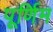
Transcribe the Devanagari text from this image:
पूर्णिम